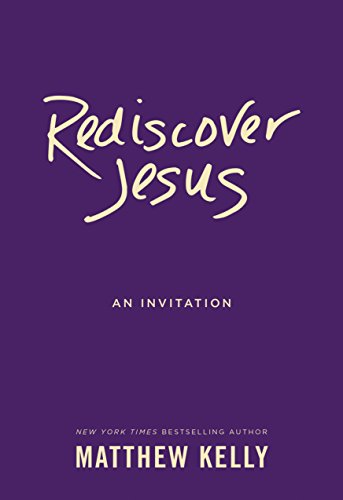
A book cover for Rediscover Jesus; Matthew Kelly; Christian Books & Bibles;